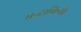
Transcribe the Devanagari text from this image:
मन्दाकिनी।